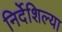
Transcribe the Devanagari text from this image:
निर्देशिल्या